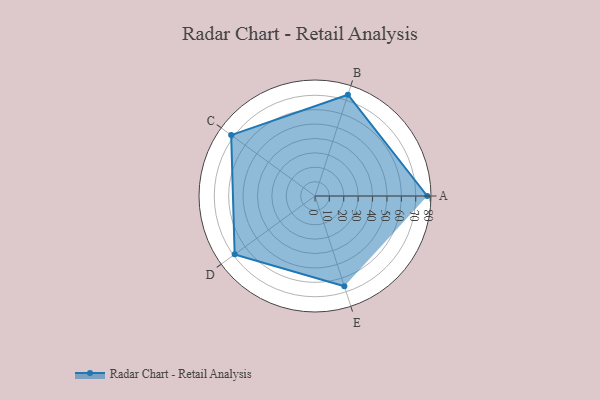
{"axis": {"x": "Skill", "y": "Score"}, "legend": ["Profile"], "data": [{"x": "A", "y": 78.0, "type": "Profile"}, {"x": "B", "y": 74.0, "type": "Profile"}, {"x": "C", "y": 72.0, "type": "Profile"}, {"x": "D", "y": 69.0, "type": "Profile"}, {"x": "E", "y": 66.0, "type": "Profile"}]}